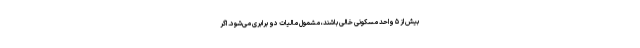
بیش از ۵ واحد مسکونی خالی باشند، مشمول مالیات دو برابری می‌شود. اگر